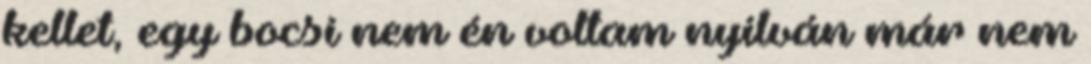
kellet, egy bocsi nem én voltam nyilván már nem